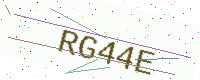
Text: RG44E